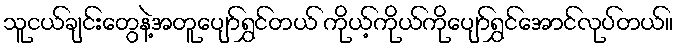
သူငယ်ချင်းတွေနဲ့အတူပျော်ရွှင်တယ် ကိုယ့်ကိုယ်ကိုပျော်ရွှင်အောင်လုပ်တယ်။